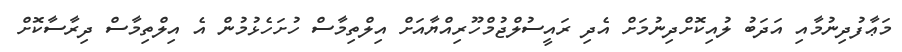
މަޢާފުދިނުމާއި އަދަބު ލުއިކޮށްދިނުމަށް އެދި ރައީސުލްޖުމްހޫރިއްޔާއަށް އިލްތިމާސް ހުށަހެޅުމުން އެ އިލްތިމާސް ދިރާސާކޮށް